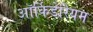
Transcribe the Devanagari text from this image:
ऑर्किडेरियम